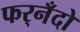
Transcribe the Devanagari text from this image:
फर्‌नँदो